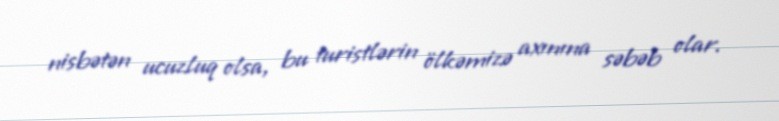
nisbətən ucuzluq olsa, bu turistlərin ölkəmizə axınına səbəb olar.